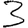
Digit: 3